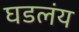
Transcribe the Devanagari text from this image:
घडलंय